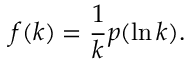
f ( k ) = \frac { 1 } { k } p ( \ln k ) .